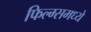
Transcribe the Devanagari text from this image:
फिल्म्समध्ये